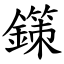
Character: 鏼